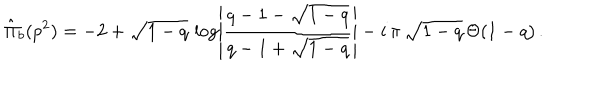
\hat { \Pi } _ { b } ( p ^ { 2 } ) = - 2 + \sqrt { 1 - q } \, \log \left| \frac { q - 1 - \sqrt { 1 - q } } { q - 1 + \sqrt { 1 - q } } \right| - i \, \pi \, \sqrt { 1 - q } \, \Theta ( 1 - q ) \, .